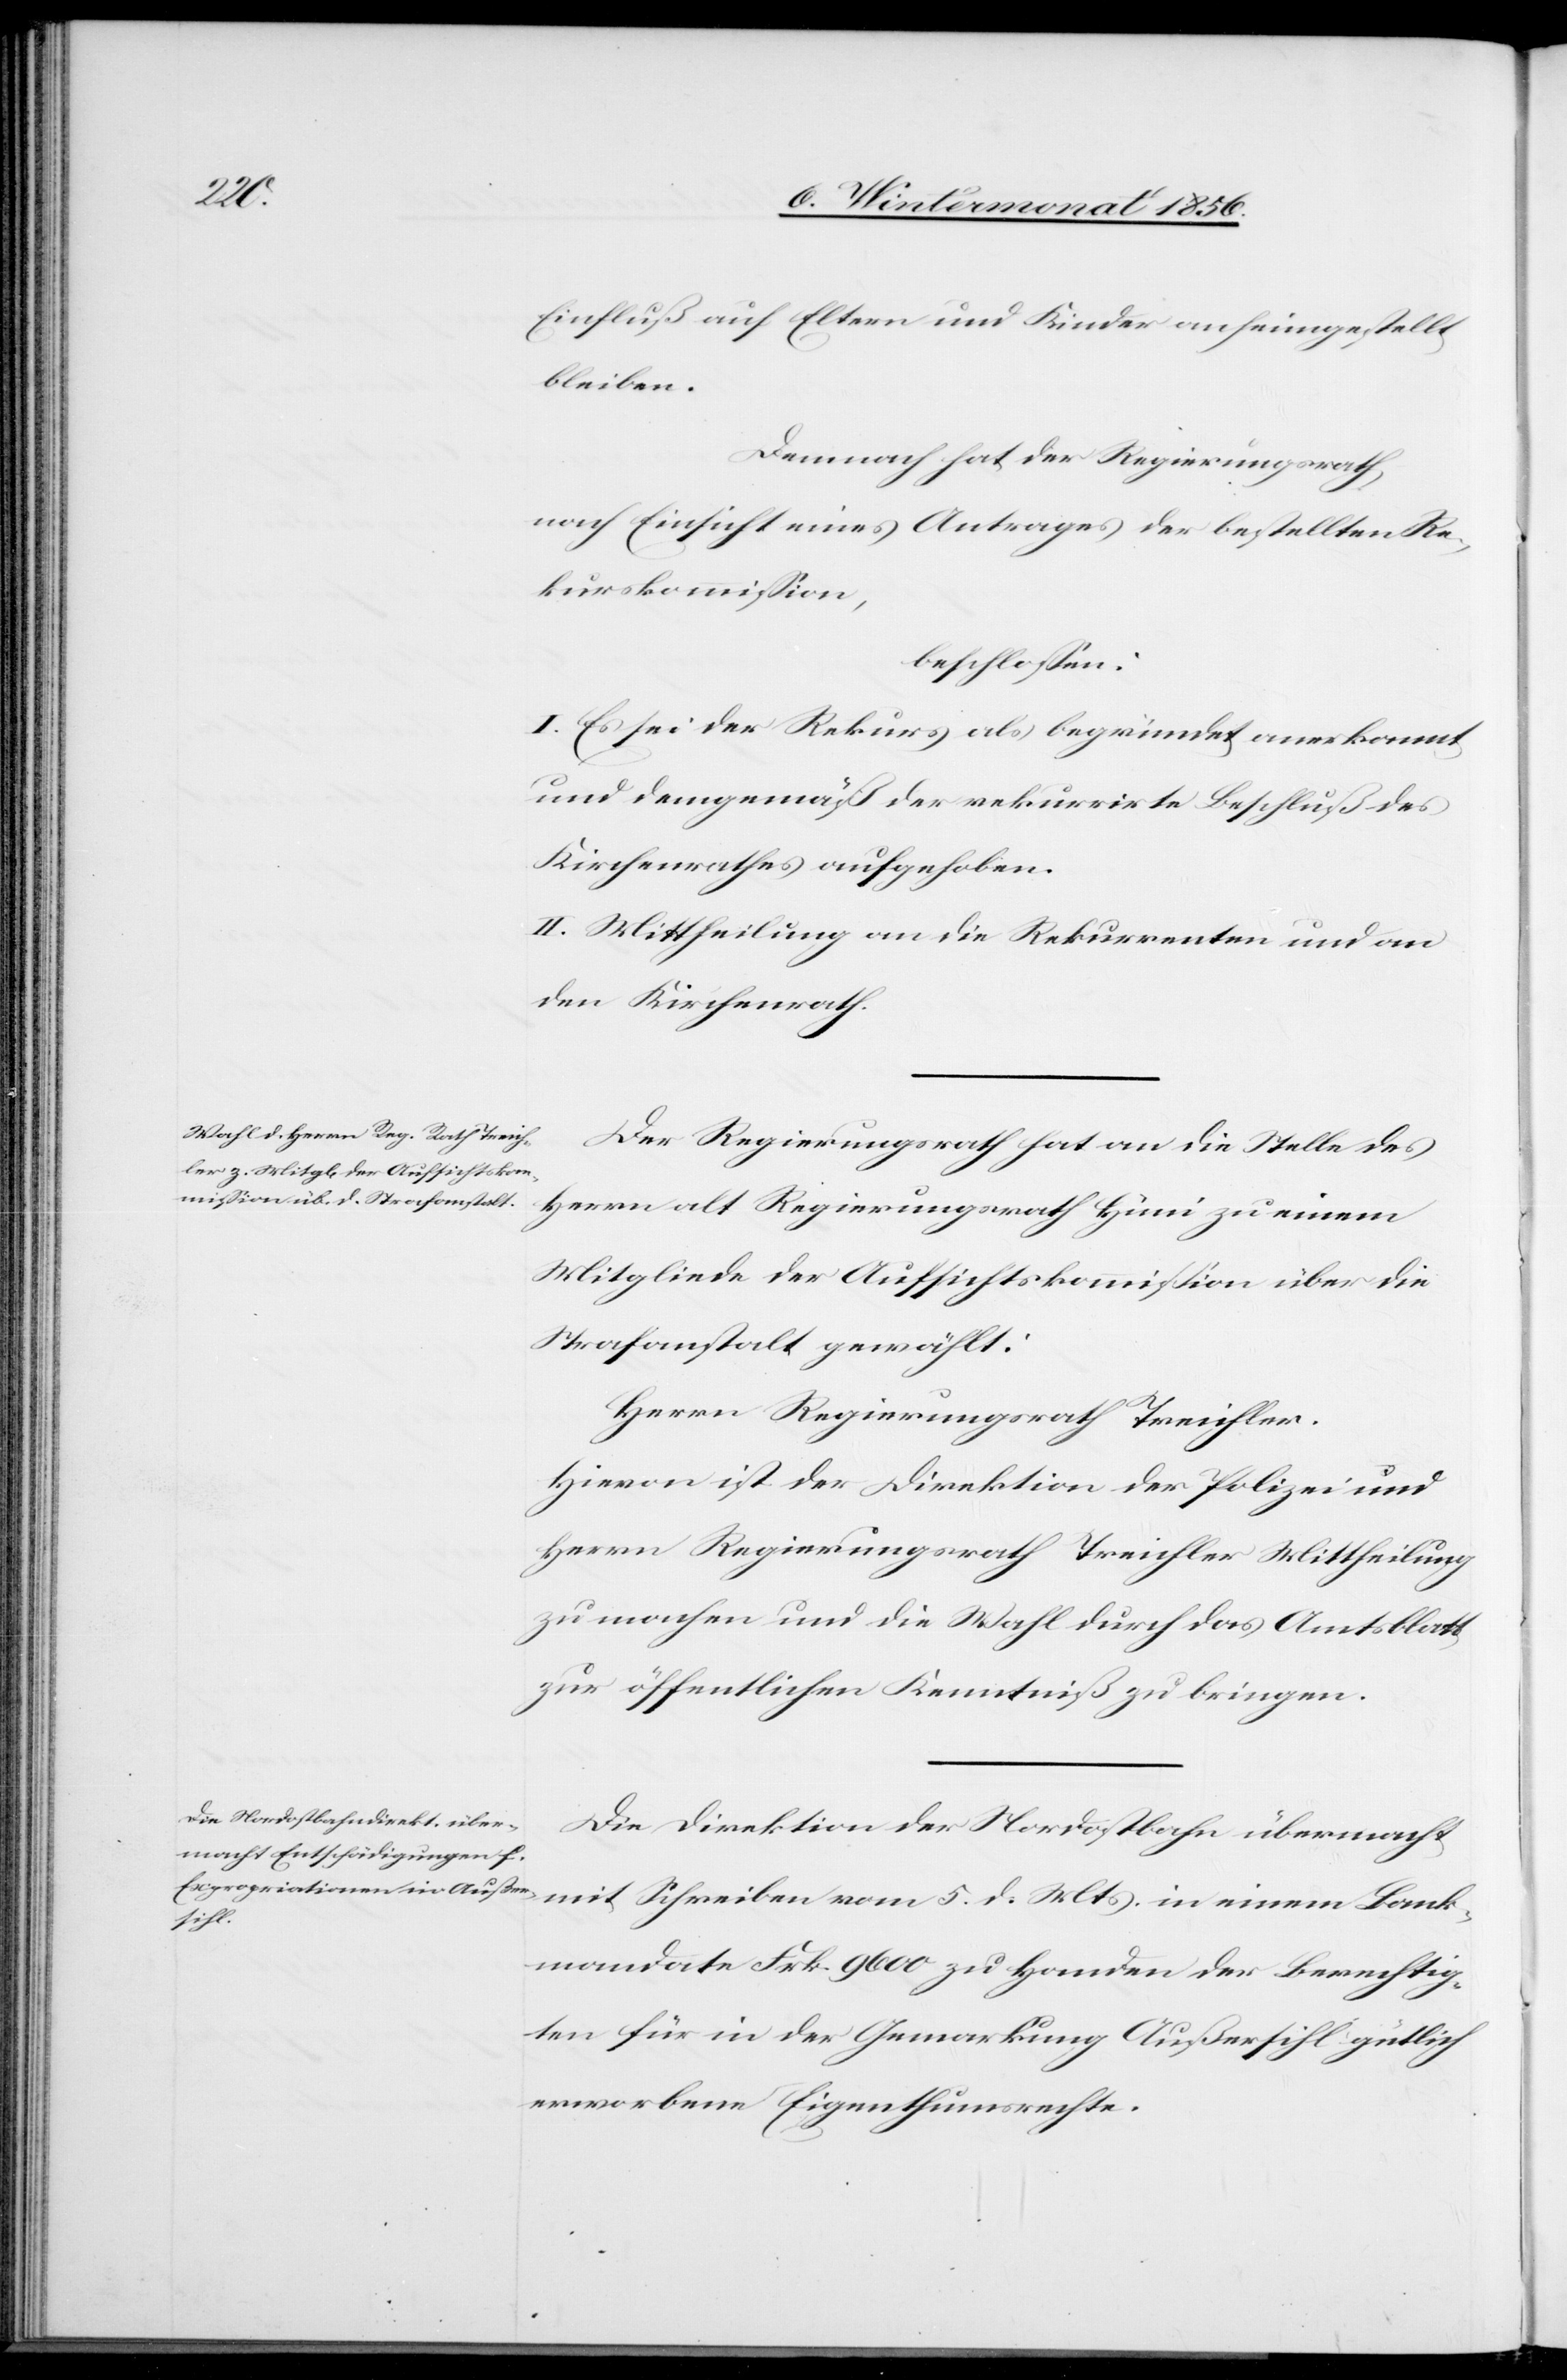
Einfluß auf Eltern und Kinder anheimgestellt
bleiben.
Demnach hat der Regierungsrath,
nach Einsicht eines Antrages der bestellten Re¬
kurskommission,
beschlossen:
I. Es sei der Rekurs als begründet anerkannt
und demgemäß der rekurrirte Beschluß des
Kirchenrathes aufgehoben.
II. Mittheilung an die Rekurrenten und an
den Kirchenrath.
Der Regierungsrath hat an die Stelle des
Herrn alt Regierungsrath Hüni zu einem
Mitgliede der Aufsichtskommission über die
Strafanstalt gewählt:
Herrn Regierungsrath Treichler.
Hievon ist der Direktion der Polizei und
Herrn Regierungsrath Treichler Mittheilung
zu machen und die Wahl durch das Amtsblatt
zur öffentlichen Kenntniß zu bringen.
Die Direktion der Nordostbahn übermacht
mit Schreiben vom 5. d. Mts. in einem Bank¬
mandate Frk. 9600 zu Handen der Berechtig¬
ten für in der Gemarkung Außersihl gütlich
erworbene Eigenthumsrechte.